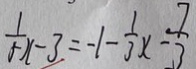
\frac { 1 } { 5 } x - 3 = - 1 - \frac { 1 } { 3 } x - \frac { 7 } { 3 }